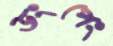
ডংপেং